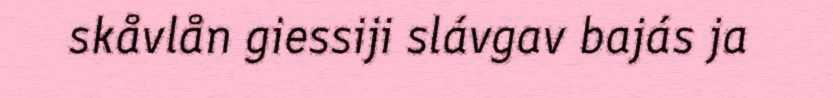
skåvlån giessiji slávgav bajás ja